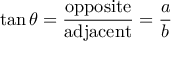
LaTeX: \tan \theta = { \frac { \mathrm { o p p o s i t e } } { \mathrm { a d j a c e n t } } } = { \frac { a } { b } }